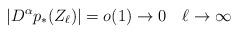
LaTeX: \begin{align*}|D^\alpha p_* (Z_\ell)| = o(1) \to 0 \quad\ell \to \infty \end{align*}